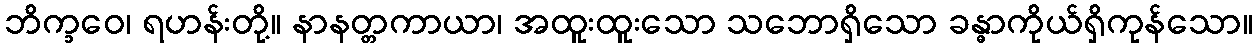
ဘိက္ခဝေ၊ ရဟန်းတို့။ နာနတ္တကာယာ၊ အထူးထူးသော သဘောရှိသော ခန္ဓာကိုယ်ရှိကုန်သော။